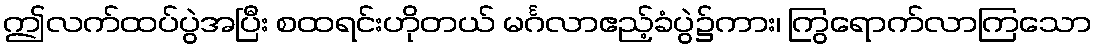
ဤလက်ထပ်ပွဲအပြီး စထရင်းဟိုတယ် မင်္ဂလာဧည့်ခံပွဲ၌ကား၊ ကြွရောက်လာကြသော